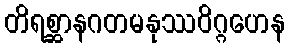
တိရစ္ဆာနဂတမနုဿဝိဂ္ဂဟေန